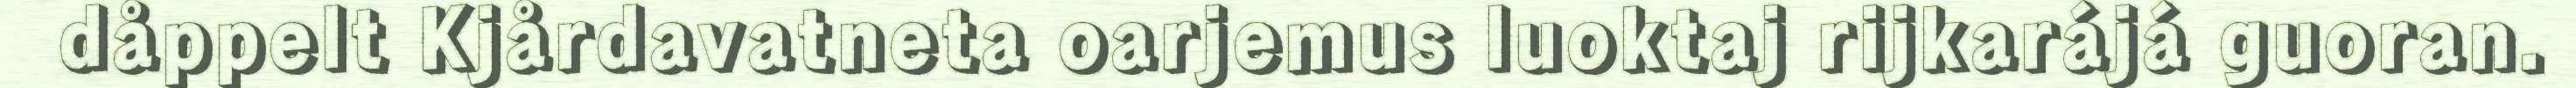
dåppelt Kjårdavatneta oarjemus luoktaj rijkarájá guoran.